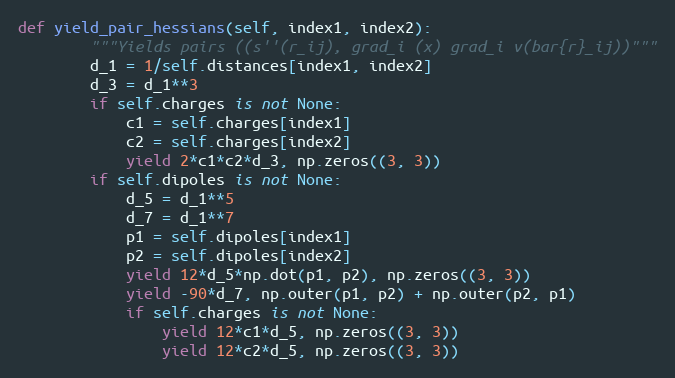
Language: Python
def yield_pair_hessians(self, index1, index2):
        """Yields pairs ((s''(r_ij), grad_i (x) grad_i v(bar{r}_ij))"""
        d_1 = 1/self.distances[index1, index2]
        d_3 = d_1**3
        if self.charges is not None:
            c1 = self.charges[index1]
            c2 = self.charges[index2]
            yield 2*c1*c2*d_3, np.zeros((3, 3))
        if self.dipoles is not None:
            d_5 = d_1**5
            d_7 = d_1**7
            p1 = self.dipoles[index1]
            p2 = self.dipoles[index2]
            yield 12*d_5*np.dot(p1, p2), np.zeros((3, 3))
            yield -90*d_7, np.outer(p1, p2) + np.outer(p2, p1)
            if self.charges is not None:
                yield 12*c1*d_5, np.zeros((3, 3))
                yield 12*c2*d_5, np.zeros((3, 3))